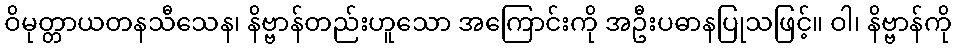
ဝိမုတ္တာယတနသီသေန၊ နိဗ္ဗာန်တည်းဟူသော အကြောင်းကို အဦးပဓာနပြုသဖြင့်။ ဝါ၊ နိဗ္ဗာန်ကို